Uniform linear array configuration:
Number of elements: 64
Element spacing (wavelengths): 0.25
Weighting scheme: exponential
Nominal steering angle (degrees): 0
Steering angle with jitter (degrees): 1.892
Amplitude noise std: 0.05
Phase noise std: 0.05

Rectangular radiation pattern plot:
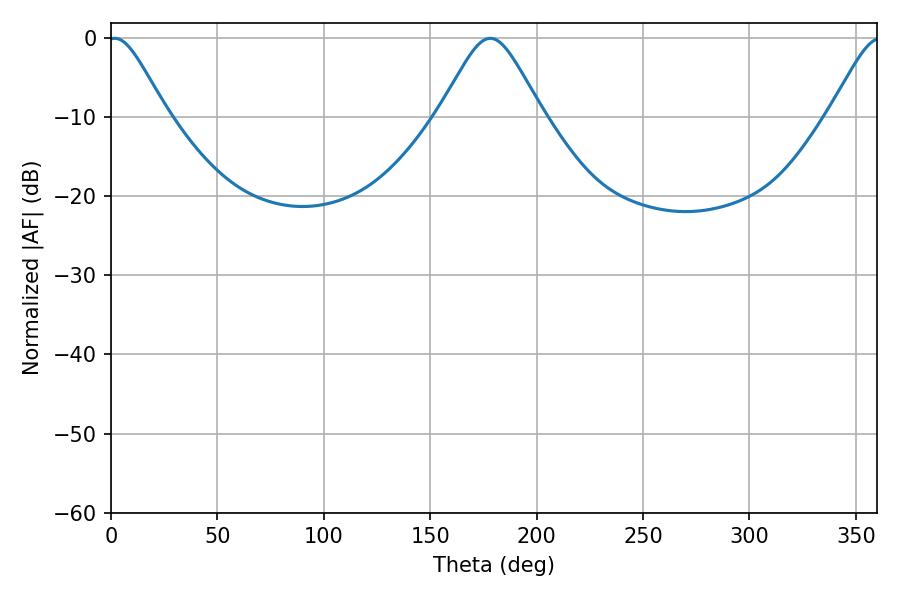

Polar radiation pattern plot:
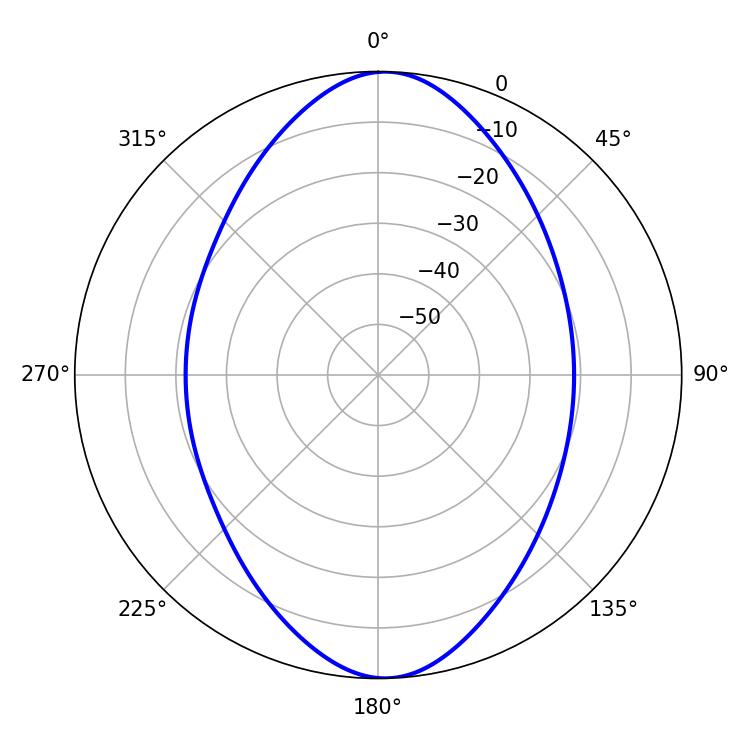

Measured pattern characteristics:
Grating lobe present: FALSE
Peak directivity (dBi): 17.869
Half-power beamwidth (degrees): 13.5
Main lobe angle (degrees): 1.8